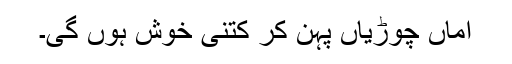
اماں چوڑیاں پہن کر کتنی خوش ہوں گی۔